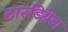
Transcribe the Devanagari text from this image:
टारडिग्रेडा